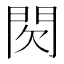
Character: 𮤉